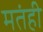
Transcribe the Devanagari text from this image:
मतंही